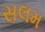
સલમ